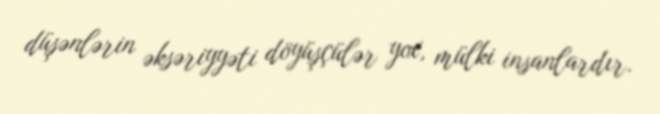
düşənlərin əksəriyyəti döyüşçülər yox, mülki insanlardır.